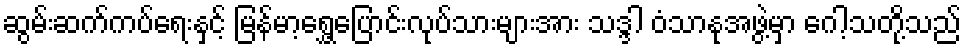
ဆွမ်းဆက်ကပ်ရေးနှင့် မြန်မာ့ရွှေ့ပြောင်းလုပ်သားများအား သဒ္ဒါ ဝံသာနုအဖွဲ့မှာ ဂေါ့သတို့သည်